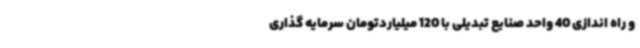
و راه اندازی 40 واحد صنایع تبدیلی با 120 میلیاردتومان سرمایه گذاری